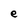
Character: e